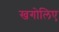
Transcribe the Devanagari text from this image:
खगोलिए